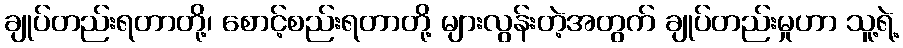
ချုပ်တည်းရတာတို့၊ စောင့်စည်းရတာတို့ များလွန်းတဲ့အတွက် ချုပ်တည်းမှုဟာ သူ့ရဲ့